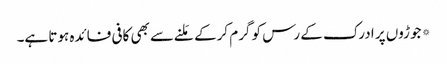
*جوڑوں پر ادرک کے رس کو گرم کرکے مَلنے سے بھی کافی فائدہ ہوتا ہے۔